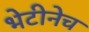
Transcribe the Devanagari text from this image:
भेटीनेच